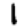
Digit: 1